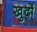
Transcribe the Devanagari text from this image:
खुर्दो